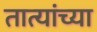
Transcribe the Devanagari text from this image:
तात्यांच्या